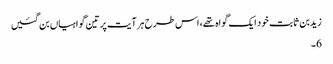
زیدبن ثابت خود ایک گواہ تھے، اس طرح ہر آیت پر تین گواہیاں بن گئیں
6۔